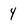
Character: 4